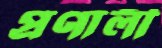
প্রণালী